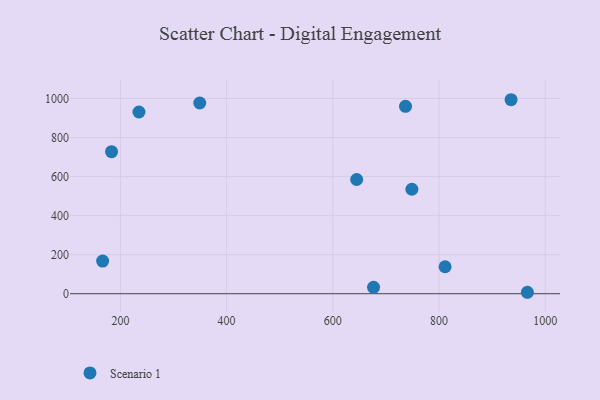
{"axis": {"x": "Engine Size", "y": "Profit"}, "legend": ["Scenario 1"], "data": [{"x": "676.7", "y": 32.8, "type": "Scenario 1"}, {"x": "748.9", "y": 535.0, "type": "Scenario 1"}, {"x": "234.9", "y": 930.8, "type": "Scenario 1"}, {"x": "935.7", "y": 993.6, "type": "Scenario 1"}, {"x": "183.3", "y": 727.6, "type": "Scenario 1"}, {"x": "349.4", "y": 976.8, "type": "Scenario 1"}, {"x": "166.5", "y": 167.4, "type": "Scenario 1"}, {"x": "644.9", "y": 585.0, "type": "Scenario 1"}, {"x": "811.4", "y": 138.1, "type": "Scenario 1"}, {"x": "736.9", "y": 959.9, "type": "Scenario 1"}, {"x": "966.4", "y": 7.4, "type": "Scenario 1"}]}